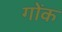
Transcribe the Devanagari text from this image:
गोंक